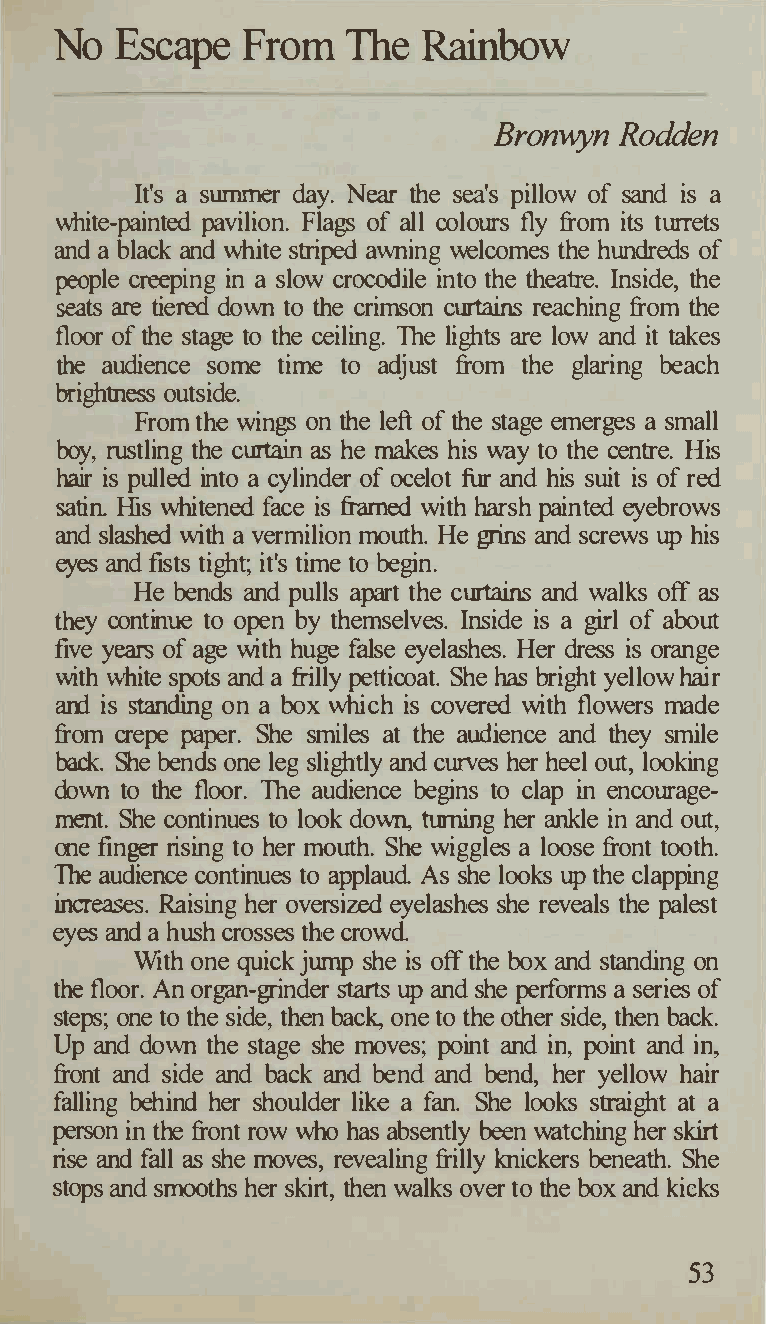
No  Escape  From   The  Rainbow
 Bronwyn Rodden
 It's a summer day. Near the sea's pillow of sand is a
 white-painted pavilion. Fla of all colours fly from its turrets
 gs
 and a black and white striped awning welcomes the hundreds of
 people creeping in a slow crocodile into the theatre. Inside, the
 seats are tiered down to the crimson curtains reaching from the
 floor of the stage to the ceiling. The lights are low and it takes
 the audience some time to adjust from the glaring beach
 brightness outside.
 From the win on the left of the stage emerges a small
 gs
 boy, rustling the curtain as he makes his way to the centre. ffis
 hair is pulled into a cylinder of ocelot firr and his suit is of red
 satin His whitened face is framed with harsh painted eyebrows
 and slashed with a vermilion mouth. He grins and screws up his
 eyes and fists tight; it's time to begin.
 He bends and pulls apart the curtains and walks off as
 they continue to open by themselves. Inside is a girl of about
 five years of age with huge false eyelashes. Her dress is orange
 with white spots and a frilly petticoat. She has bright yellow hair
 and is standing on a box which is covered with flowers made
 from crepe paper. She smiles at the audience and they smile
 back. She bends one leg slightly and curves her heel out, looking
 down to the floor. The audience begins to clap in encourage­
 ment. She continues to look down, turning her ankle in and out,
 one fin rising to her mouth. She wiggles a loose front tooth.
 ger
 The audience continues to applaud. As she looks up the clapping
 increases. Raising her oversized eyelashes she reveals the palest
 eyes and a hush crosses the crowd
 With one quick jump she is off the box and standing on
 the floor. An organ-grinder starts up and she performs a series of
 steps; one to the side, then back, one to the other side, then back.
 Up and down the stage she moves; point and in, point and in,
 front and side and back and bend and bend, her yellow hair
 falling behind her shoulder like a fan. She looks straight at a
 person in the front row who has absently been watching her skirt
 rise and fall as she moves, revealing frilly knickers beneath. She
 stops and smooths her skirt, then walks over to the box and kicks
 53